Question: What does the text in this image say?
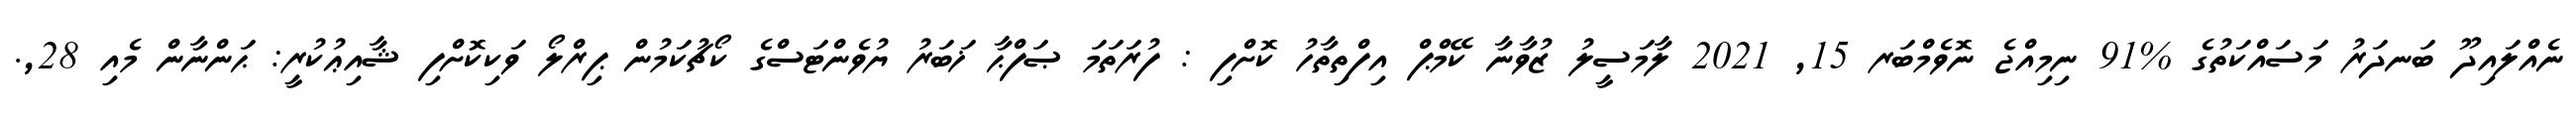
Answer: ނެއްލައިދޫ ބަނދަރު މަސައްކަތުގެ %91 ނިމިއްޖެ ނޮވެމްބަރ 15, 2021 ލާމަސީލު ޒުވާނާ ކޭމްޕް އިފްތިތާހު ކޮށްފި : ފުރަތަމަ ޞަފްޙާ ޚަބަރު ޔުވެންޓަސްގެ ކޯޗުކަމުން ޕިރްލޯ ވަކިކޮށްފި ޝާއިޢުކުރީ: ޙަންނާން މެއި 28,.